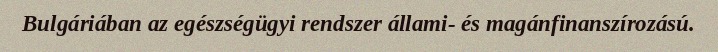
Bulgáriában az egészségügyi rendszer állami- és magánfinanszírozású.